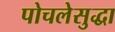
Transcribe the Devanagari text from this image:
पोचलेसुद्धा